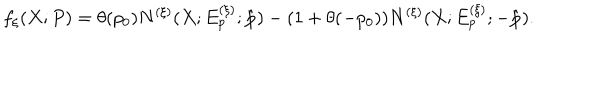
LaTeX: f _ { \xi } ( X ; P ) = \theta ( p _ { 0 } ) N ^ { ( \xi ) } ( X ; E _ { p } ^ { ( \xi ) } ; \hat { \bf p } ) - ( 1 + \theta ( - p _ { 0 } ) ) N ^ { ( \xi ) } ( X ; E _ { p } ^ { ( \xi ) } ; - \hat { \bf p } ) .